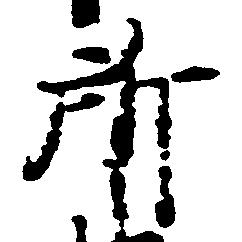
所